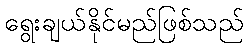
ရွေးချယ်နိုင်မည်ဖြစ်သည်